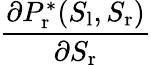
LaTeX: \frac{\partial P_{\mathrm{r}}^{*}(S_{\mathrm{l}},S_{\mathrm{r}})}{\partial S_{\mathrm{r}}}